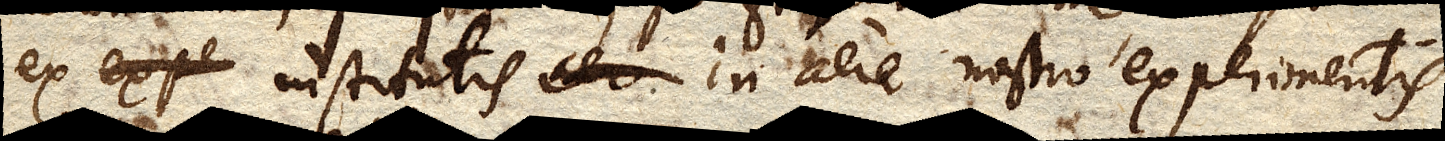
ex expe institutis in aere nostro experimentis